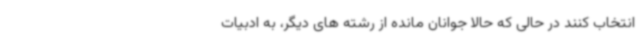
انتخاب کنند در حالی که حالا جوانان مانده از رشته های دیگر، به ادبیات